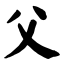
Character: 父